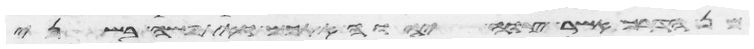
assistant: מן הדרך אשר צוה יהוה אתכם ואתפשה בשני